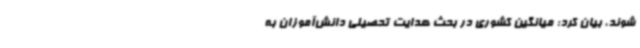
شوند، بیان کرد: میانگین کشوری در بحث هدایت تحصیلی دانش‌آموزان به